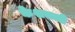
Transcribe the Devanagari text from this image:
केशवजी